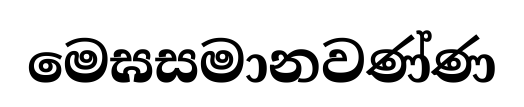
මෙඝසමානවණ්ණ